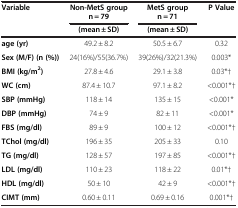
<table><thead><tr><td rowspan="2"><b>Variable</b></td><td><b>Non-MetS group</b></td><td><b>MetS group</b></td><td rowspan="2"><b>P Value</b></td></tr><tr><td><b>n = 79</b></td><td><b>n = 71</b></td></tr><tr><td><b> </b></td><td><b>(mean ± SD)</b></td><td><b>(mean ± SD)</b></td><td><b> </b></td></tr></thead><tbody><tr><td><b>age (yr)</b></td><td>49.2 ± 8.2</td><td>50.5 ± 6.7</td><td>0.32</td></tr><tr><td><b>Sex (M/F) (n (%))</b></td><td>24(16%)/55(36.7%)</td><td>39(26%)/32(21.3%)</td><td>0.003*</td></tr><tr><td><b>BMI (kg/m</b><sup><b>2</b></sup><b>)</b></td><td>27.8 ± 4.6</td><td>29.1 ± 3.8</td><td>0.03*†</td></tr><tr><td><b>WC (cm)</b></td><td>87.4 ± 10.7</td><td>97.1 ± 8.2</td><td>&lt;0.001*†</td></tr><tr><td><b>SBP (mmHg)</b></td><td>118 ± 14</td><td>135 ± 15</td><td>&lt;0.001*</td></tr><tr><td><b>DBP (mmHg)</b></td><td>74 ± 9</td><td>82 ± 11</td><td>&lt;0.001*</td></tr><tr><td><b>FBS (mg/dl)</b></td><td>89 ± 9</td><td>100 ± 12</td><td>&lt;0.001*†</td></tr><tr><td><b>TChol (mg/dl)</b></td><td>196 ± 35</td><td>205 ± 33</td><td>0.10</td></tr><tr><td><b>TG (mg/dl)</b></td><td>128 ± 57</td><td>197 ± 85</td><td>&lt;0.001*†</td></tr><tr><td><b>LDL (mg/dl)</b></td><td>110 ± 23</td><td>118 ± 22</td><td>0.01*†</td></tr><tr><td><b>HDL (mg/dl)</b></td><td>50 ± 10</td><td>42 ± 9</td><td>&lt;0.001*†</td></tr><tr><td><b>CIMT (mm)</b></td><td>0.60 ± 0.11</td><td>0.69 ± 0.16</td><td>0.001*†</td></tr></tbody></table>